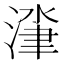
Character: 𰜰